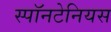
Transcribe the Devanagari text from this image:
स्पॉनटेनियस